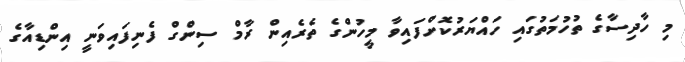
މި ހާދިސާގެ ތުހުމަތުގައި ހައްޔަރުކޮށްފައިވާ މީހުންގެ ތެރެއިން ރާމް ސިންގް ފެނިފައިވަނީ އިންޑިއާގެ